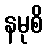
နမုစိ